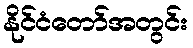
နိုင်ငံတော်အတွင်း